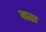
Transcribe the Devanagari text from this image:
बाढा